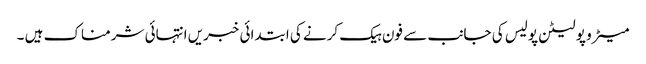
میٹرو پولیٹن پولیس کی جانب سے فون ہیک کرنے کی ابتدائی خبریں انتہائی شرمناک ہیں ۔